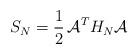
LaTeX: \begin{align*} S_N = \frac{1}{2} \, \mathcal{A}^T H_N \mathcal{A}\end{align*}